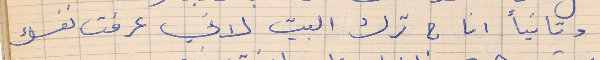
وثانياً انا ح ترك البيت لاني عرفت نفسك